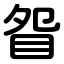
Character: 眢